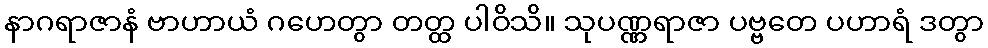
နာဂရာဇာနံ ဗာဟာယံ ဂဟေတွာ တတ္ထ ပါဝိသိ။ သုပဏ္ဏရာဇာ ပဗ္ဗတေ ပဟာရံ ဒတွာ